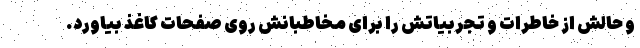
و حالش از خاطرات و تجربیاتش را برای مخاطبانش روی صفحات کاغذ بیاورد.